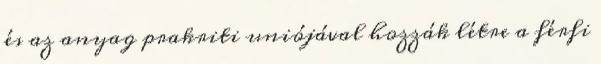
és az anyag prakriti uniójával hozzák létre a férfi